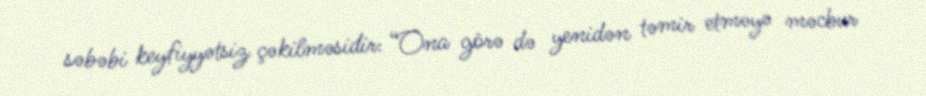
səbəbi keyfiyyətsiz çəkilməsidir: “Ona görə də yenidən təmir etməyə məcbur